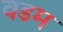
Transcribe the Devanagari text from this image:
वडम